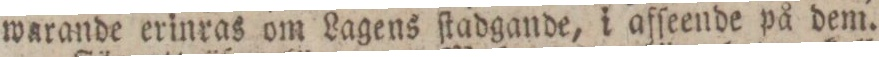
warande erinras om Lagens ſtadgande, i afſeende på dem.